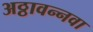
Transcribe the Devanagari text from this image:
अठ्ठावन्नवा